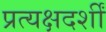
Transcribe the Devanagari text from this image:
प्रत्यक्षदर्शीं